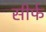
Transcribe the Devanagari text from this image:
सीर्फ